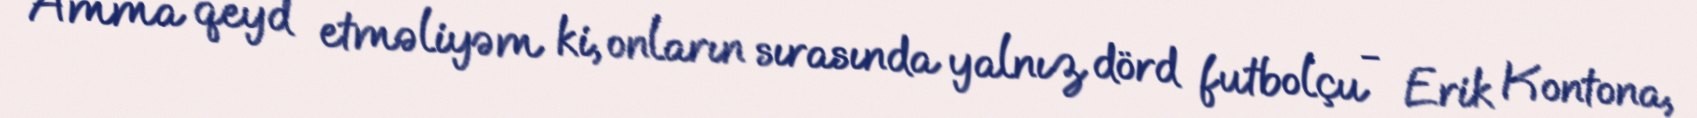
Amma qeyd etməliyəm ki, onların sırasında yalnız dörd futbolçu - Erik Kontona,